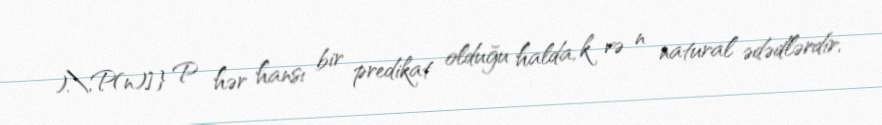
).\,P(n)]} P hər hansı bir predikat olduğu halda, k və n natural ədədlərdir.